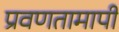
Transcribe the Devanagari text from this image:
प्रवणतामापी